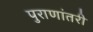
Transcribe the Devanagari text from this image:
पुराणांतरी